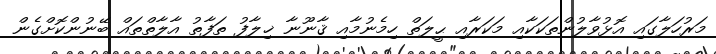
މަރުހަލާގައި އޮޅުވާލުންތަކަކާއި މަކަރާއި ޙީލަތް ހިމެނުމާއި ޤާނޫނާ ޚިލާފު ތަފާތު އާލާތްތައް ބޭނުންކޮށްގެން